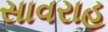
સાવરાહ